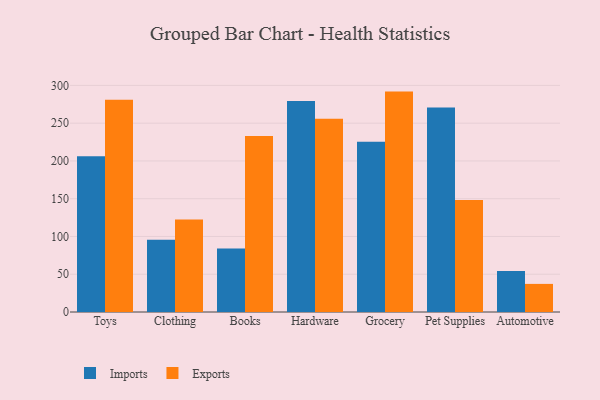
{"axis": {"x": "Category", "y": "Inventory Turnover"}, "legend": ["Exports", "Imports"], "data": [{"x": "Toys", "y": 206.3, "type": "Imports"}, {"x": "Toys", "y": 281.0, "type": "Exports"}, {"x": "Clothing", "y": 95.6, "type": "Imports"}, {"x": "Clothing", "y": 122.4, "type": "Exports"}, {"x": "Books", "y": 84.0, "type": "Imports"}, {"x": "Books", "y": 233.0, "type": "Exports"}, {"x": "Hardware", "y": 279.4, "type": "Imports"}, {"x": "Hardware", "y": 255.9, "type": "Exports"}, {"x": "Grocery", "y": 225.4, "type": "Imports"}, {"x": "Grocery", "y": 291.8, "type": "Exports"}, {"x": "Pet Supplies", "y": 270.9, "type": "Imports"}, {"x": "Pet Supplies", "y": 148.4, "type": "Exports"}, {"x": "Automotive", "y": 54.2, "type": "Imports"}, {"x": "Automotive", "y": 37.2, "type": "Exports"}]}